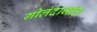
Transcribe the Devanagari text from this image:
गोलंदाजांत